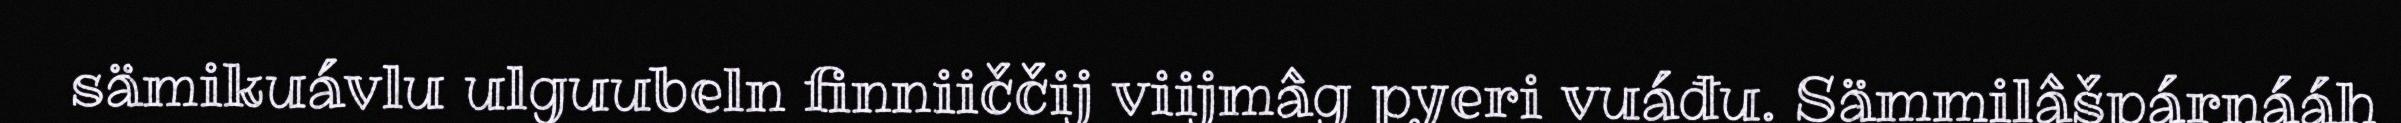
sämikuávlu ulguubeln finniiččij viijmâg pyeri vuáđu. Sämmilâšpárnááh